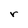
Character: r